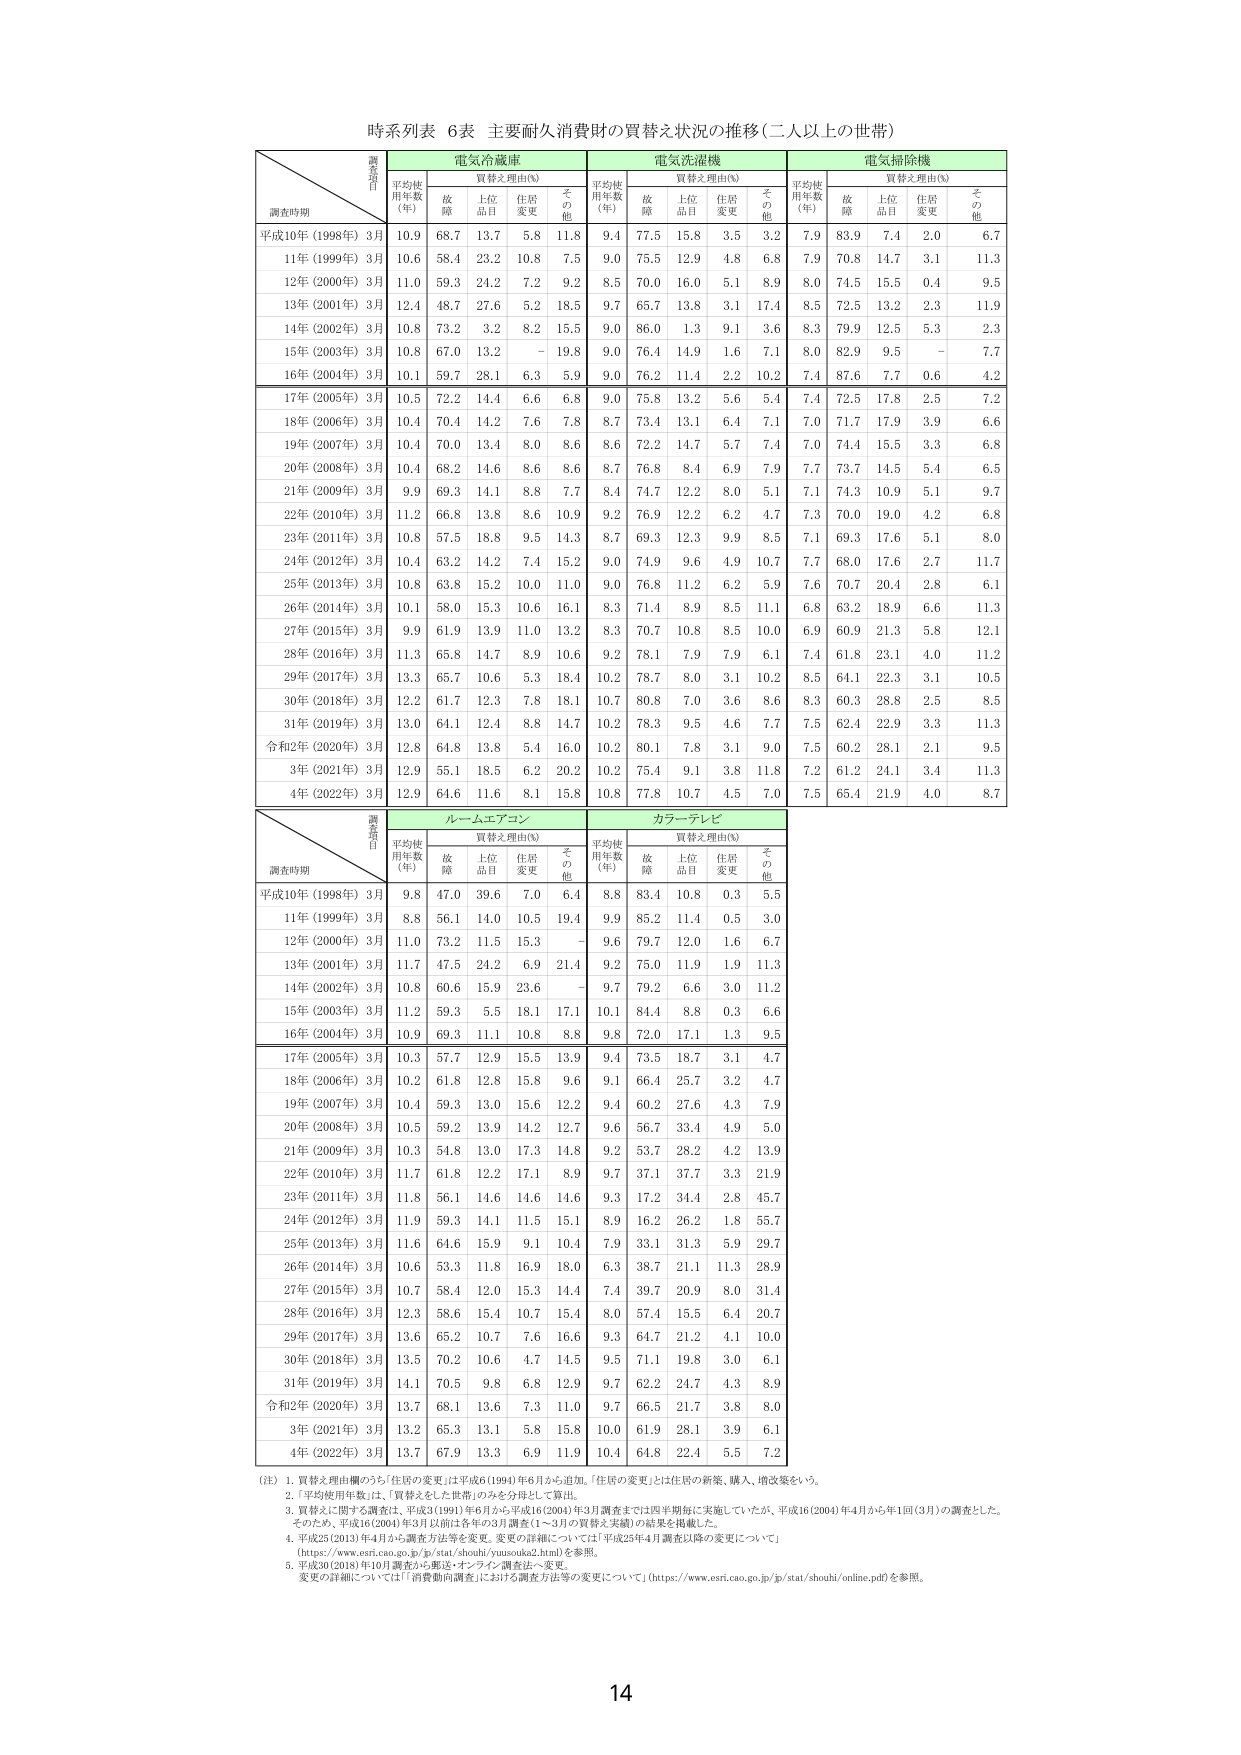
時系列表 6表 主要耐久消費財の買替え状況の推移（二人以上の世帯）

調査月日
調査時期
電気冷蔵庫
電気洗濯機
電気掃除機
平均使用年数（年）
買替え理由（%）
平均使用年数（年）
買替え理由（%）
平均使用年数（年）
買替え理由（%）
故障
上位品目
住居変更
その他
故障
上位品目
住居変更
その他
故障
上位品目
住居変更
その他
平成10年（1998年）3月
10.9
68.7
13.7
5.8
11.8
9.4
77.5
15.8
3.5
3.2
7.9
83.9
7.4
2.0
6.7
11年（1999年）3月
10.6
58.4
23.2
10.8
7.5
9.0
75.5
12.9
4.8
6.8
7.9
70.8
14.7
3.1
11.3
12年（2000年）3月
11.0
59.3
24.2
7.2
9.2
8.5
70.0
16.0
5.1
8.9
8.0
74.5
15.5
0.4
9.5
13年（2001年）3月
12.4
48.7
27.6
5.2
18.5
9.7
65.7
13.8
3.1
17.4
8.5
72.5
13.2
2.3
11.9
14年（2002年）3月
10.8
73.2
3.2
8.2
15.5
9.0
86.0
1.3
9.1
3.6
8.3
79.9
12.5
5.3
2.3
15年（2003年）3月
10.8
67.0
13.2
-
19.8
9.0
76.4
14.9
1.6
7.1
8.0
82.9
9.5
-
7.7
16年（2004年）3月
10.1
59.7
28.1
6.3
5.9
9.0
76.2
11.4
2.2
10.2
7.4
87.6
7.7
0.6
4.2
17年（2005年）3月
10.5
72.2
14.4
6.6
6.8
9.0
75.8
13.2
5.6
5.4
7.4
72.5
17.8
2.5
7.2
18年（2006年）3月
10.4
70.4
14.2
7.6
7.8
8.7
73.4
13.1
6.4
7.1
7.0
71.7
17.9
3.9
6.6
19年（2007年）3月
10.4
70.0
13.4
8.0
8.6
8.6
72.2
14.7
5.7
7.4
7.0
74.4
15.5
3.3
6.8
20年（2008年）3月
10.4
68.2
14.6
8.6
8.6
8.7
76.8
8.4
6.9
7.9
7.7
73.7
14.5
5.4
6.5
21年（2009年）3月
9.9
69.3
14.1
8.8
7.7
8.4
74.7
12.2
8.0
5.1
7.1
74.3
10.9
5.1
9.7
22年（2010年）3月
11.2
66.8
13.8
8.6
10.9
9.2
76.9
12.2
6.2
4.7
7.3
70.0
19.0
4.2
6.8
23年（2011年）3月
10.8
57.5
18.8
9.5
14.3
8.7
69.3
12.3
9.9
8.5
7.1
69.3
17.6
5.1
8.0
24年（2012年）3月
10.4
63.2
14.2
7.4
15.2
9.0
74.9
9.6
4.9
10.7
7.7
68.0
17.6
2.7
11.7
25年（2013年）3月
10.8
63.8
15.2
10.0
11.0
9.0
76.8
11.2
6.2
5.9
7.6
70.7
20.4
2.8
6.1
26年（2014年）3月
10.1
58.0
15.3
10.6
16.1
8.3
71.4
8.9
8.5
11.1
6.8
63.2
18.9
6.6
11.3
27年（2015年）3月
9.9
61.9
13.9
11.0
13.2
8.3
70.7
10.8
8.5
10.0
6.9
60.9
21.3
5.8
12.1
28年（2016年）3月
11.3
65.8
14.7
8.9
10.6
9.2
78.1
7.9
7.9
6.1
7.4
61.8
23.1
4.0
11.2
29年（2017年）3月
13.3
65.7
10.6
5.3
18.4
10.2
78.7
8.0
3.1
10.2
8.5
64.1
22.3
3.1
10.5
30年（2018年）3月
12.2
61.7
12.3
7.8
18.1
10.7
80.8
7.0
3.6
8.6
8.3
60.3
28.8
2.5
8.5
31年（2019年）3月
13.0
64.1
12.4
8.8
14.7
10.2
78.3
9.5
4.6
7.7
7.5
62.4
22.9
3.3
11.3
令和2年（2020年）3月
12.8
64.8
13.8
5.4
16.0
10.2
80.1
7.8
3.1
9.0
7.5
60.2
28.1
2.1
9.5
3年（2021年）3月
12.9
55.1
18.5
6.2
20.2
10.2
75.4
9.1
3.8
11.8
7.2
61.2
24.1
3.4
11.3
4年（2022年）3月
12.9
64.6
11.6
8.1
15.8
10.8
77.8
10.7
4.5
7.0
7.5
65.4
21.9
4.0
8.7

調査月日
調査時期
ルームエアコン
カラーテレビ
平均使用年数（年）
買替え理由（%）
平均使用年数（年）
買替え理由（%）
故障
上位品目
住居変更
その他
故障
上位品目
住居変更
その他
平成10年（1998年）3月
9.8
47.0
39.6
7.0
6.4
8.8
83.4
10.8
0.3
5.5
11年（1999年）3月
8.8
56.1
14.0
10.5
19.4
9.9
85.2
11.4
0.5
3.0
12年（2000年）3月
11.0
73.2
11.5
15.3
-
9.6
79.7
12.0
1.6
6.7
13年（2001年）3月
11.7
47.5
24.2
6.9
21.4
9.2
75.0
11.9
1.9
11.3
14年（2002年）3月
10.8
60.6
15.9
23.6
-
9.7
79.2
6.6
3.0
11.2
15年（2003年）3月
11.2
59.3
5.5
18.1
17.1
10.1
84.4
8.8
0.3
6.6
16年（2004年）3月
10.9
69.3
11.1
10.8
8.8
9.8
72.0
17.1
1.3
9.5
17年（2005年）3月
10.3
57.7
12.9
15.5
13.9
9.4
73.5
18.7
3.1
4.7
18年（2006年）3月
10.2
61.8
12.8
15.8
9.6
9.1
66.4
25.7
3.2
4.7
19年（2007年）3月
10.4
59.3
13.0
15.6
12.2
9.4
60.2
27.6
4.3
7.9
20年（2008年）3月
10.5
59.2
13.9
14.2
12.7
9.6
56.7
33.4
4.9
5.0
21年（2009年）3月
10.3
54.8
13.0
17.3
14.8
9.2
53.7
28.2
4.2
13.9
22年（2010年）3月
11.7
61.8
12.2
17.1
8.9
9.7
37.1
37.7
3.3
21.9
23年（2011年）3月
11.8
56.1
14.6
14.6
14.6
9.3
17.2
34.4
2.8
45.7
24年（2012年）3月
11.9
59.3
14.1
11.5
15.1
8.9
16.2
26.2
1.8
55.7
25年（2013年）3月
11.6
64.6
15.9
9.1
10.4
7.9
33.1
31.3
5.9
29.7
26年（2014年）3月
10.6
53.3
11.8
16.9
18.0
6.3
38.7
21.1
11.3
28.9
27年（2015年）3月
10.7
58.4
12.0
15.3
14.4
7.4
39.7
20.9
8.0
31.4
28年（2016年）3月
12.3
58.6
15.4
10.7
15.4
8.0
57.4
15.5
6.4
20.7
29年（2017年）3月
13.6
65.2
10.7
7.6
16.6
9.3
64.7
21.2
4.1
10.0
30年（2018年）3月
13.5
70.2
10.6
4.7
14.5
9.5
71.1
19.8
3.0
6.1
31年（2019年）3月
14.1
70.5
9.8
6.8
12.9
9.7
62.2
24.7
4.3
8.9
令和2年（2020年）3月
13.7
68.1
13.6
7.3
11.0
9.7
66.5
21.7
3.8
8.0
3年（2021年）3月
13.2
65.3
13.1
5.8
15.8
10.0
61.9
28.1
3.9
6.1
4年（2022年）3月
13.7
67.9
13.3
6.9
11.9
10.4
64.8
22.4
5.5
7.2

（注）1. 買替え理由欄のうち「住居の変更」は平成6（1994）年6月から追加。「住居の変更」とは住居の新築、購入、増改築をいう。
2. 「平均使用年数」は、「買替えをした世帯」のみを分母として算出。
3. 買替えに関する調査は、平成3（1991）年6月から平成16（2004）年3月調査までは四半期毎に実施していたが、平成16（2004）年4月から年1回（3月）の調査とした。そのため、平成16（2004）年3月以前は各年の3月調査（1～3月の買替え実績）の結果を掲載した。
4. 平成25（2013）年4月から調査方法等を変更。変更の詳細については「平成25年4月調査以降の変更について」（https://www.esri.cao.go.jp/jp/stat/shouhi/yuusouka2.html）を参照。
5. 平成30（2018）年10月調査から郵送・オンライン調査法へ変更。変更の詳細については「『消費動向調査』における調査方法等の変更について」（https://www.esri.cao.go.jp/jp/stat/shouhi/online.pdf）を参照。

14